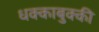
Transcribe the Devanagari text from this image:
धक्काबुक्की